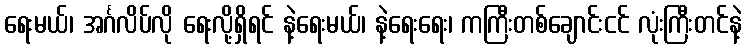
ရေးမယ်၊ အင်္ဂလိပ်လို ရေးလို့ရှိရင် နဲ့ရေးမယ်၊ နဲ့ရေးရေး၊ ကကြီးတစ်ချောင်းငင် လုံးကြီးတင်နဲ့